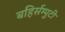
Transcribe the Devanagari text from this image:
बहिर्सम्पुटी